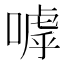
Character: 嘑